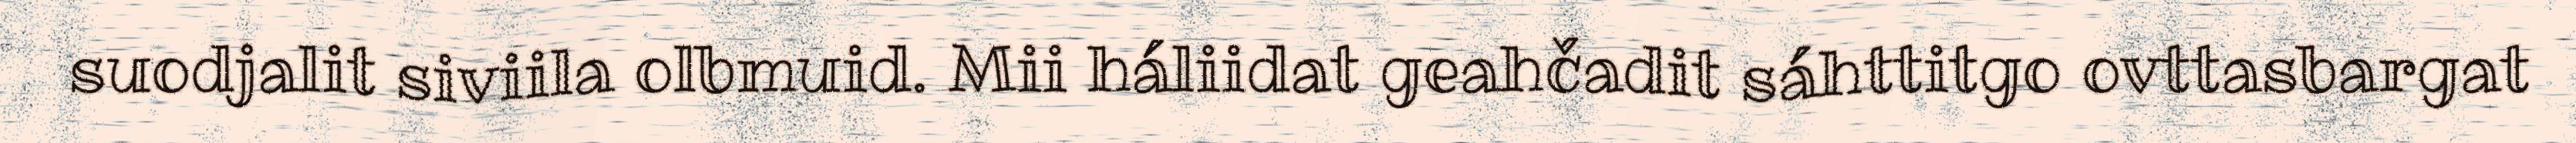
suodjalit siviila olbmuid. Mii háliidat geahčadit sáhttitgo ovttasbargat